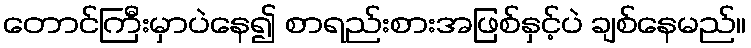
တောင်ကြီးမှာပဲနေ၍ စာရည်းစားအဖြစ်နှင့်ပဲ ချစ်နေမည်။